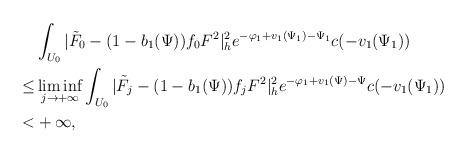
LaTeX: \begin{align*} &\int_{U_0}|\tilde{F}_0-(1-b_{1}(\Psi))f_0F^{2}|^2_he^{-\varphi_1+v_{1}(\Psi_1)-\Psi_1}c(-v_{1}(\Psi_1)) \\ \le & \liminf_{j\to+\infty} \int_{U_0}|\tilde{F}_j-(1-b_{1}(\Psi))f_jF^{2}|^2_he^{-\varphi_1+v_{1}(\Psi)-\Psi}c(-v_{1}(\Psi_1)) \\ < &+\infty, \end{align*}